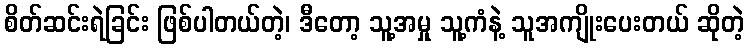
စိတ်ဆင်းရဲခြင်း ဖြစ်ပါတယ်တဲ့၊ ဒီတော့ သူ့အမှု သူ့ကံနဲ့ သူအကျိုးပေးတယ် ဆိုတဲ့